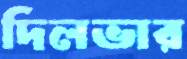
দিলভার